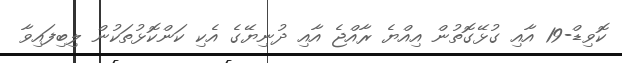
ކޮވިޑް-19 އާއި ގުޅޭގޮތުން އިއްޔެ ރާއްޖެ އާއި ދުނިޔޭގެ އެކި ކަންކޮޅުތަކުން ލިބިފައިވާ